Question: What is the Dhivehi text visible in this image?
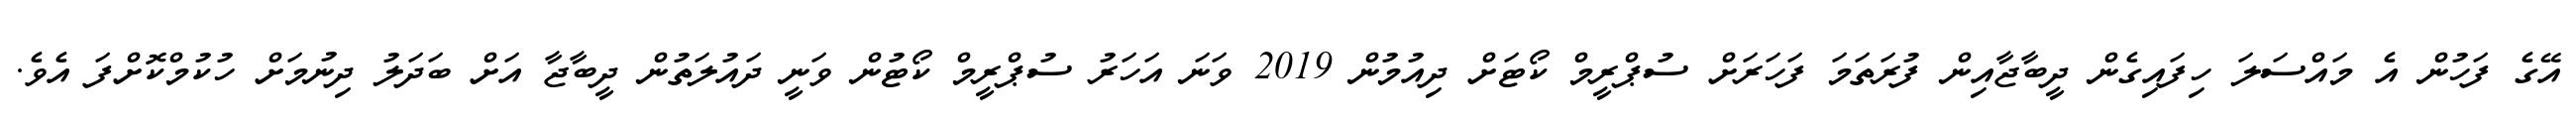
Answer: އޭގެ ފަހުން އެ މައްސަލަ ހިފައިގެން ދީބާޖާއިން ފުރަތަމަ ފަހަރަށް ސުޕްރީމް ކޯޓަށް ދިއުމުން 2019 ވަނަ އަހަރު ސުޕްރީމް ކޯޓުން ވަނީ ދައުލަތުން ދީބާޖާ އަށް ބަދަލު ދިނުމަށް ހުކުމްކޮށްފަ އެވެ.